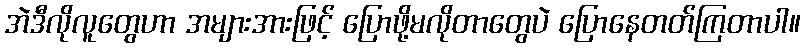
အဲဒီလိုလူတွေဟာ အများအားဖြင့် ပြောဖို့မလိုတာတွေပဲ ပြောနေတတ်ကြတာပါ။